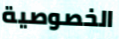
الخصوصية